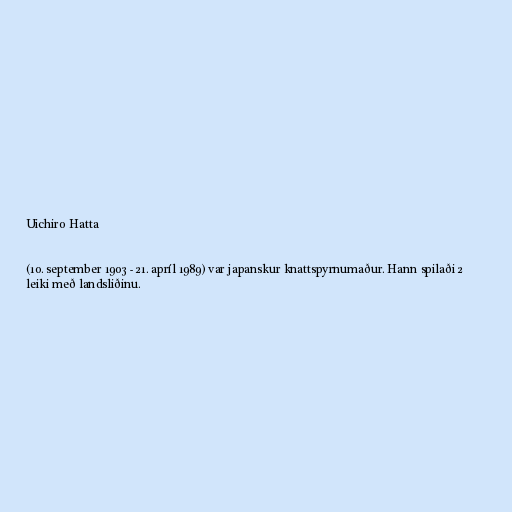
Uichiro Hatta

(10. september 1903 - 21. apríl 1989) var japanskur knattspyrnumaður. Hann spilaði 2
leiki með landsliðinu.